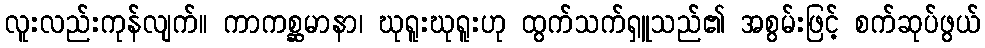
လူးလည်းကုန်လျက်။ ကာကစ္ဆမာနာ၊ ဃုရူးဃုရူးဟု ထွက်သက်ရှူသည်၏ အစွမ်းဖြင့် စက်ဆုပ်ဖွယ်